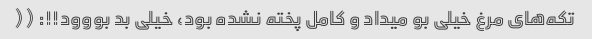
تکه‌های مرغ خیلی بو میداد و کامل پخته نشده بود، خیلی بد بووود!!: ((